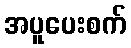
အပူပေးစက်